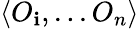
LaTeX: \left<O_{\mathbf{i}},...O_{n}\right>